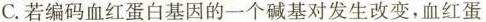
C.若编码血红蛋白基因的一个碱基对发生改变，血红蛋